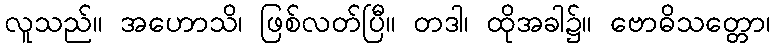
လူသည်။ အဟောသိ၊ ဖြစ်လတ်ပြီ။ တဒါ၊ ထိုအခါ၌။ ဗောဓိသတ္တော၊